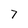
Character: 7